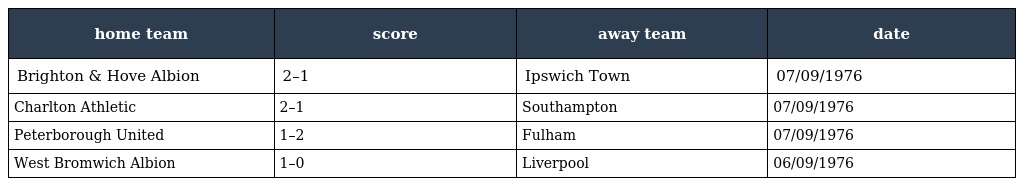
| home team | score | away team | date |
 | --- | --- | --- | --- |
 | Brighton & Hove Albion | 2–1 | Ipswich Town | 07/09/1976 |
 | Charlton Athletic | 2–1 | Southampton | 07/09/1976 |
 | Peterborough United | 1–2 | Fulham | 07/09/1976 |
 | West Bromwich Albion | 1–0 | Liverpool | 06/09/1976 |